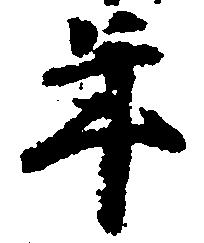
年